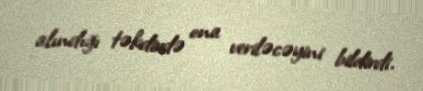
alındığı təkdirdə ona veriləcəyini bildirdi.